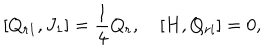
\lbrack { Q _ { r 1 } , J _ { 1 } } \rbrack = \frac { 1 } { 4 } Q _ { r } , \quad \lbrack { H , Q _ { r i } } \rbrack = 0 ,